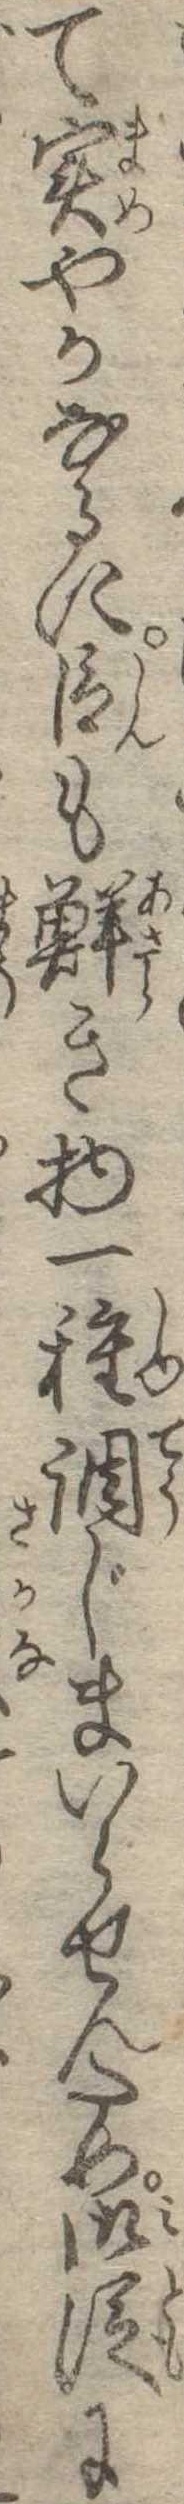
て実やかなるに臣も鮮き物一種調じまいらせんため御従に